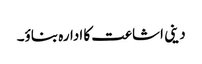
دینی اشاعت کا ادارہ بناؤ۔